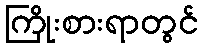
ကြိုးစားရာတွင်